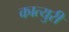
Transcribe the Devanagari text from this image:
कात्‍युरी